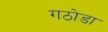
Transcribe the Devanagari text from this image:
गठोडा